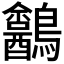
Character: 𪈍